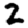
Digit: 2